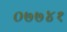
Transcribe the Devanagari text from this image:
०७७४१